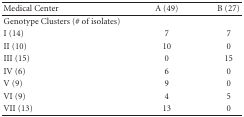
<table><thead><tr><td><b>Medical Center</b></td><td><b>A (49)</b></td><td><b>B (27)</b></td></tr></thead><tbody><tr><td>Genotype Clusters (# of isolates)</td><td></td><td></td></tr><tr><td>I (14)</td><td>7</td><td>7</td></tr><tr><td>II (10)</td><td>10</td><td>0</td></tr><tr><td>III (15)</td><td>0</td><td>15</td></tr><tr><td>IV (6)</td><td>6</td><td>0</td></tr><tr><td>V (9)</td><td>9</td><td>0</td></tr><tr><td>VI (9)</td><td>4</td><td>5</td></tr><tr><td>VII (13)</td><td>13</td><td>0</td></tr></tbody></table>